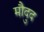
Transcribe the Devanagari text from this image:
मौदुद